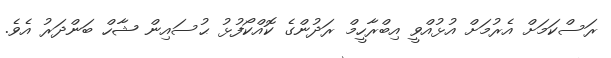
ރަސްކަމަށް އެރުމަށް އުޅުއްވީ އިބްރާހީމް ރަދުންގެ ކޮއްކޯފުޅު ޙުސައިން ޝާހް ބަންދަރު އެވެ.